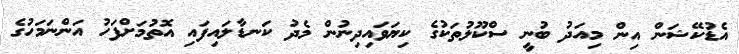
އެޑުކޭޝަން އިން މިއަދު ބުނީ ސްކޫލުތަކުގެ ކިޔަވައިދިނުން މެދު ކަނޑާލައިފައި އޮތުމަށްފަހު އަންނަމަހުގެ